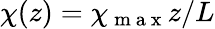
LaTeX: \chi(z)=\chi_{\mathrm{~m~a~x~}}z/L